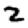
Digit: 2